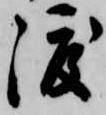
渡